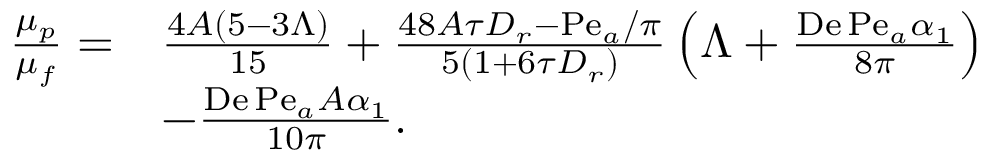
\begin{array} { r l } { \frac { \mu _ { p } } { \mu _ { f } } = } & { \frac { 4 A ( 5 - 3 \Lambda ) } { 1 5 } + \frac { 4 8 A \tau D _ { r } - \mathrm { P e } _ { a } / \pi } { 5 \left( 1 + 6 \tau D _ { r } \right) } \left( \Lambda + \frac { \mathrm { D e } \, \mathrm { P e } _ { a } \alpha _ { 1 } } { 8 \pi } \right) } \\ & { - \frac { \mathrm { D e } \, \mathrm { P e } _ { a } A \alpha _ { 1 } } { 1 0 \pi } . } \end{array}